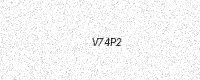
Text: V74P2